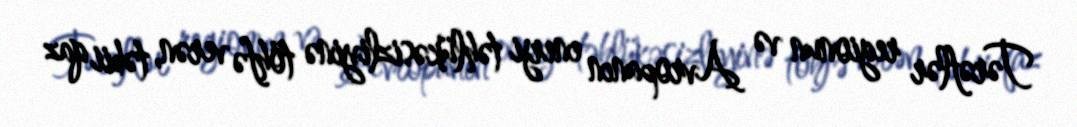
Tərəflər regionun və Avropanın enerji təhlükəsizliyinə töhfə verən, təbii qaz